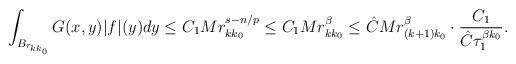
LaTeX: \begin{align*}\begin{aligned}\int_{ B_{r_{kk_0}}} G(x,y)|f|(y) dy\leq C_1Mr_{kk_0}^{s-n/p}\leq C_1Mr_{kk_0}^{\beta}\leq \hat{C}M r_{(k+1)k_0}^{\beta}\cdot\frac{C_1}{\hat{C}\tau_1^{\beta k_0}}.\end{aligned}\end{align*}